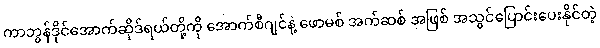
ကာဘွန်ဒိုင်အောက်ဆိုဒ်ရယ်တို့ကို အောက်စီဂျင်နဲ့ ဖောမစ် အက်ဆစ် အဖြစ် အသွင်ပြောင်းပေးနိုင်တဲ့